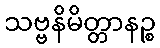
သဗ္ဗနိမိတ္တာနဉ္စ